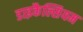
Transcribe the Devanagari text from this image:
डाइकैल्सियम